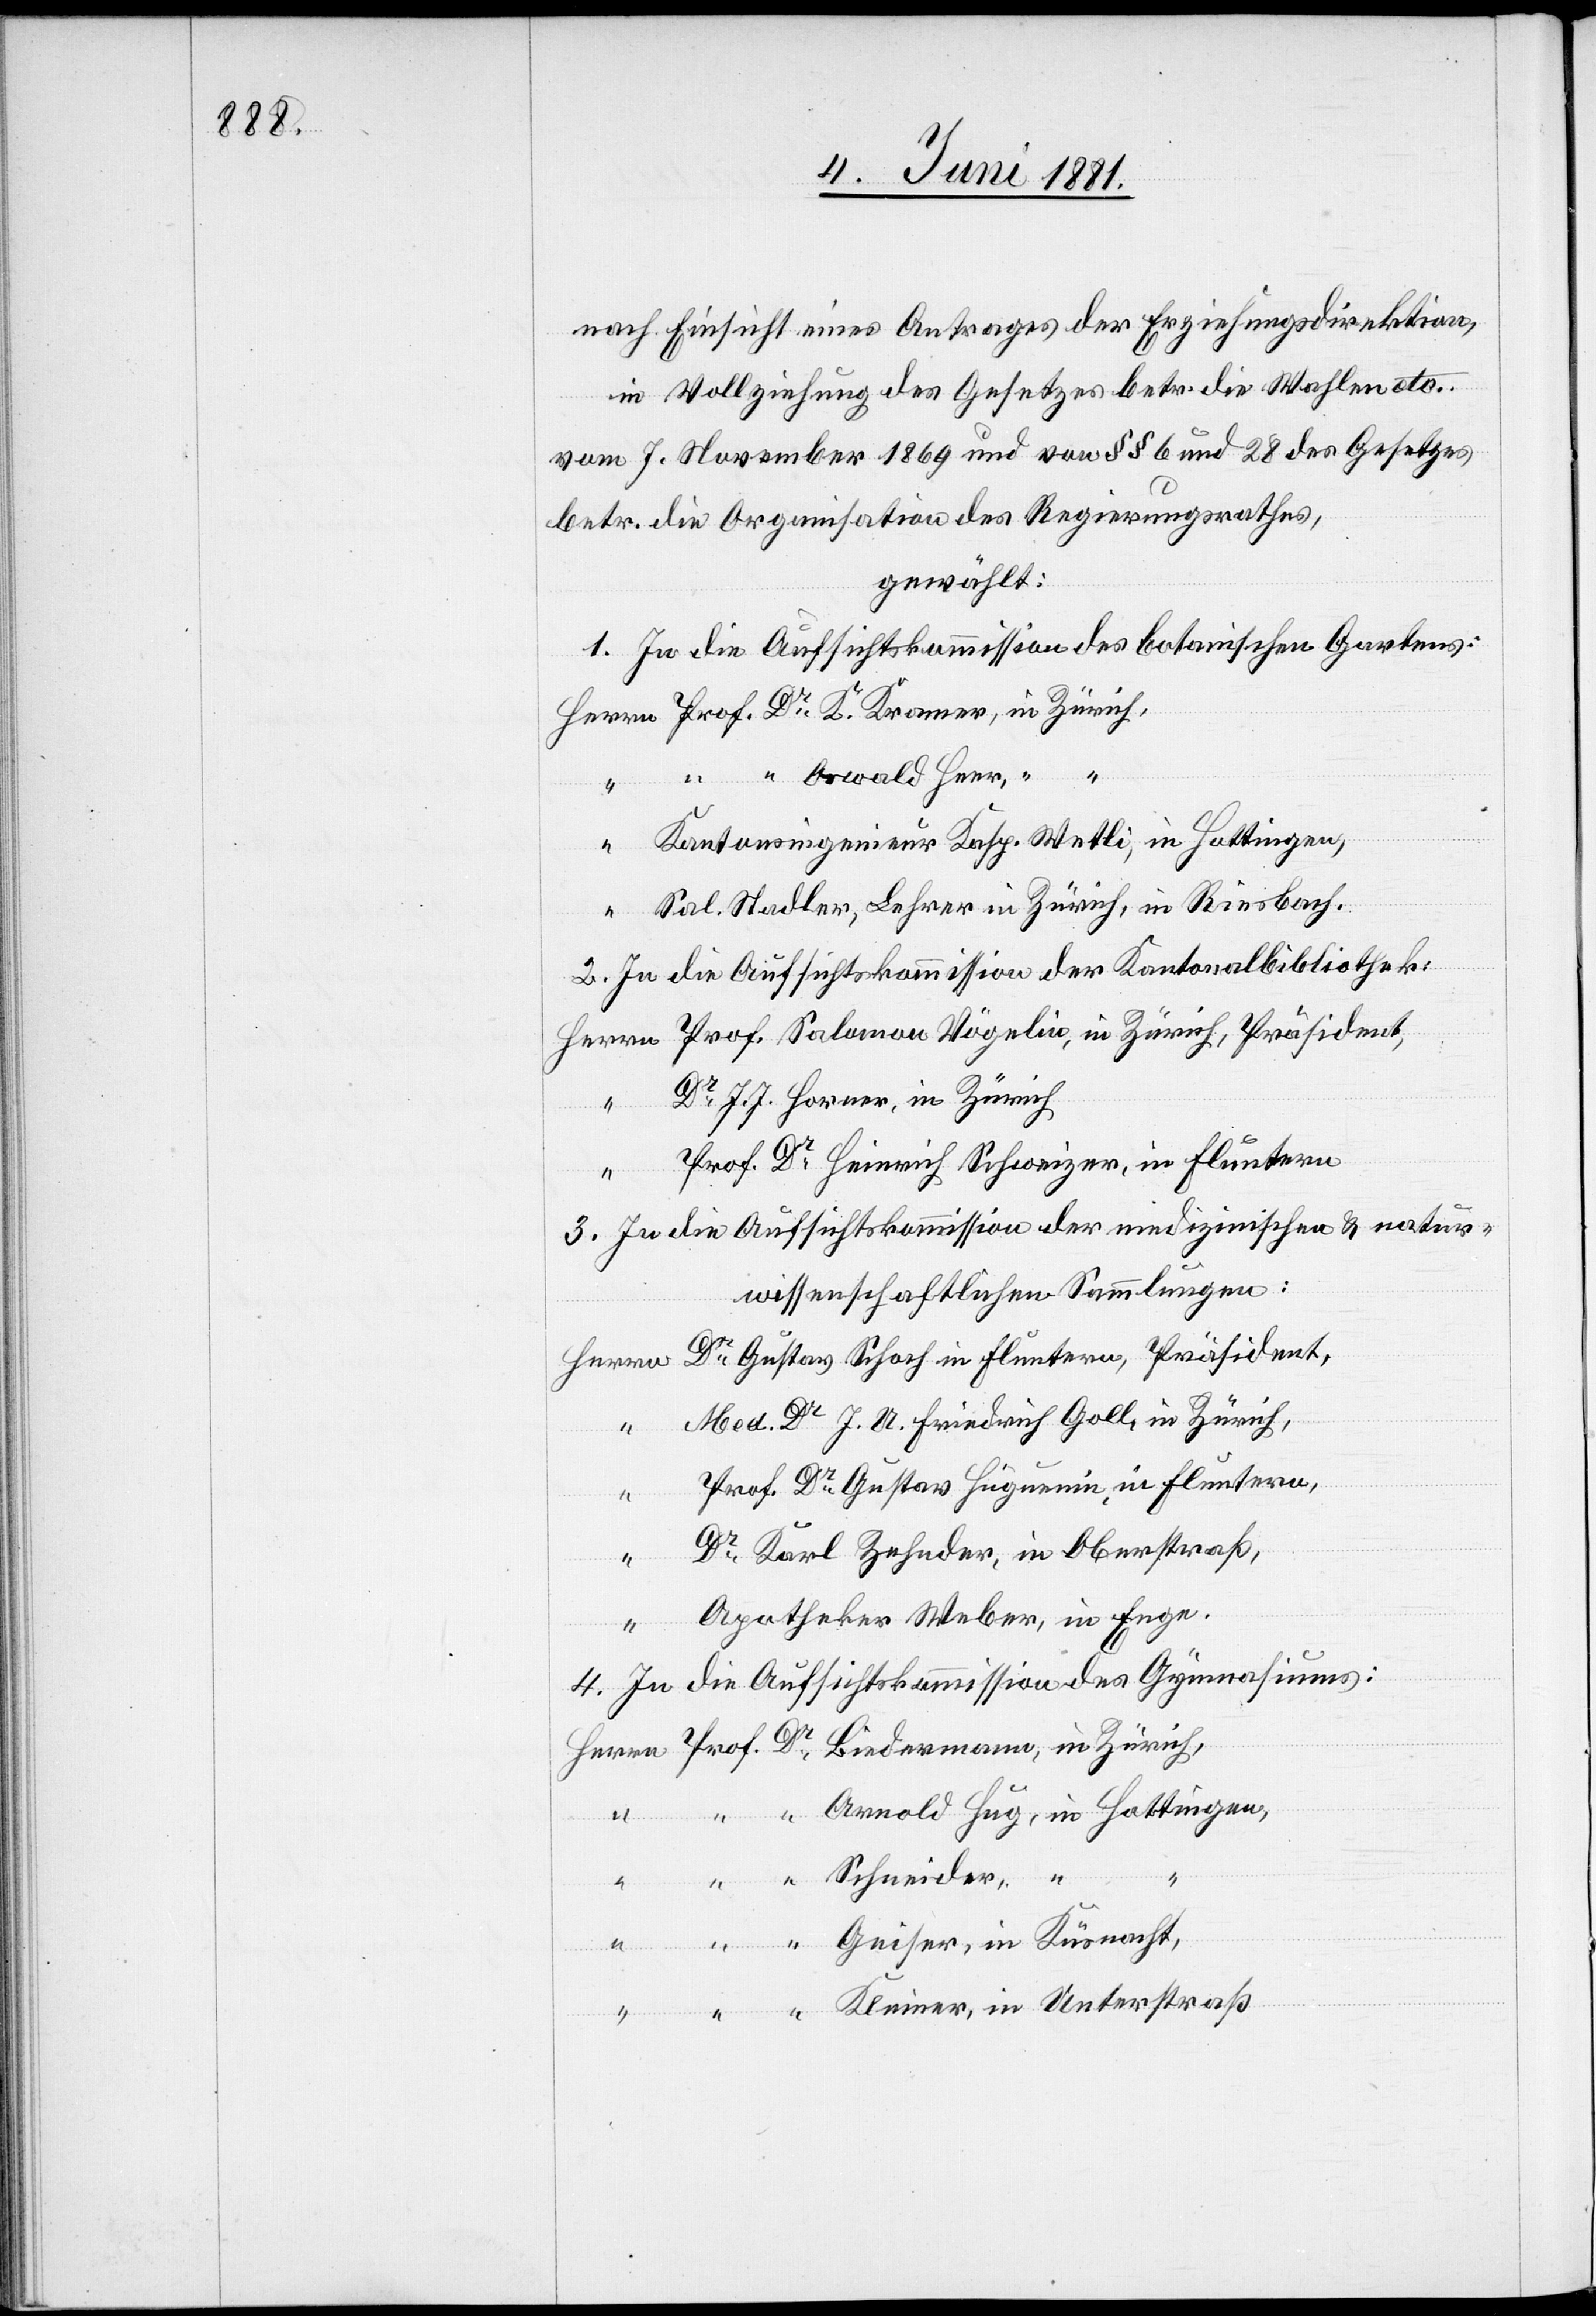
nach Einsicht eines Antrages der Erziehungsdirektion
in Vollziehung des Gesetzes betr. die Wahlen etc.
vom 7. November 1869 und von §§ 6 und 28 des Gesetzes
betr. die Organisation des Regierungsrathes,
gewählt:
1. In die Aufsichtskommission des botanischen Gartens:
“ “ Oswald Heer, “ “
Kantonsingenieur Kasp. Wetli, in Hottingen,
Sal. Stadler, Lehrer in Zürich, in Riesbach.
2. In die Aufsichtskommission der Kantonalbibliothek:
Dr J. J. Horner, in Zürich
“
Prof. Dr Heinrich Schweizer, in Fluntern
Herrn
3. In die Aufsichtskommission der medizinischen & natur¬
wissenschaftlichen Sammlungen:
Dr Gustav Schoch in Fluntern, Präsident,
Med. Dr J. U. Friedrich Goll, in Zürich,
Prof. Dr Gustav Huguenin, in Fluntern,
“
Dr Karl Zehnder, in Oberstraß,
Apotheker Weber, in Enge.
4. In die Aufsichtskommission des Gymnasiums:
Arnold Hug, in Hottingen,
Dr
Unterstraß